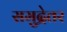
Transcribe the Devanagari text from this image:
समुद्रेतर